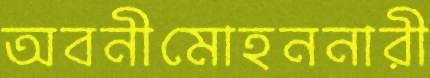
অবনীমোহননারী